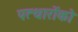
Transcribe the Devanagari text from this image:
पत्थारोंको